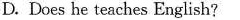
D. Does he teaches English?